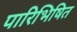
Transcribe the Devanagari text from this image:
पारिभिषित